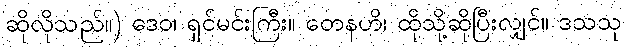
ဆိုလိုသည်။) ဒေဝ၊ ရှင်မင်းကြီး။ တေနဟိ၊ ထိုသို့ဆိုပြီးလျှင်။ ဒသသု